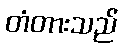
တံတားသည်